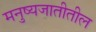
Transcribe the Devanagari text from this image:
मनुष्यजातीतील